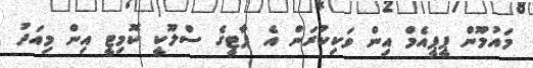
މައުމޫން ޕީޕީއެމް އިން ވަކިކުރަން އެ ޕާޓީގެ ސްލޫކީ ކޮމިޓީ އިން މިއަދު